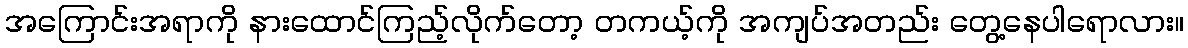
အကြောင်းအရာကို နားထောင်ကြည့်လိုက်တော့ တကယ့်ကို အကျပ်အတည်း တွေ့နေပါရောလား။